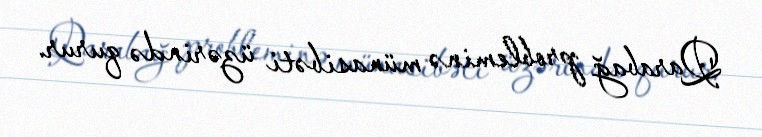
Qarabağ probleminə münasibəti üzərində qurur.